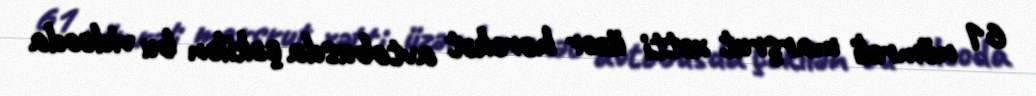
61 nömrəli marşrut xətti üzər hərəkət avtobusda çəkilən bu videoda